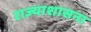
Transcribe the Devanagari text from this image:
राज्याशासना